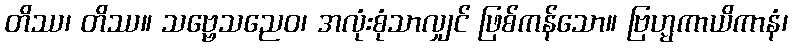
တိဿ၊ တိဿ။ သဗ္ဗေသညေဝ၊ အလုံးစုံသာလျှင် ဖြစ်ကန်သော။ ဗြဟ္မကာယိကာနံ၊